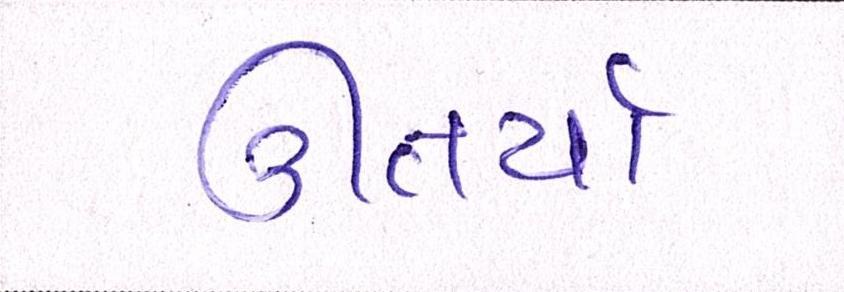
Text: ઊતર્યાં